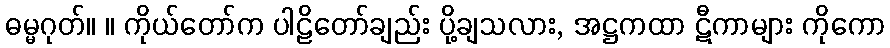
ဓမ္မဂုတ်။ ။ ကိုယ်တော်က ပါဠိတော်ချည်း ပို့ချသလား, အဋ္ဌကထာ ဋီကာများ ကိုကော